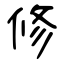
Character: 修